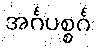
အင်္ဂပစ္စင်္ဂ